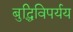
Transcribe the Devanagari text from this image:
बुद्धिविपर्यय